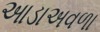
આડાઅવળા